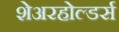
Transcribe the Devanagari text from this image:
शेअरहोल्डर्स